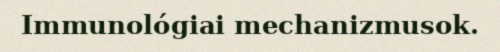
Immunológiai mechanizmusok.